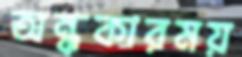
অন্ধকারময়